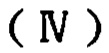
（\(\mathrm{IV}\)）